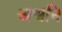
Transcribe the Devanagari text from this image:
अश्वनि